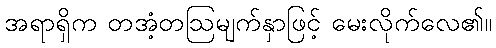
အရာရှိက တအံ့တဩမျက်နှာဖြင့် မေးလိုက်လေ၏။